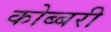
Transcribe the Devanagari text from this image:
कोब्बरी